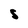
Character: S